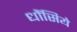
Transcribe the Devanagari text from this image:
धौंसिये